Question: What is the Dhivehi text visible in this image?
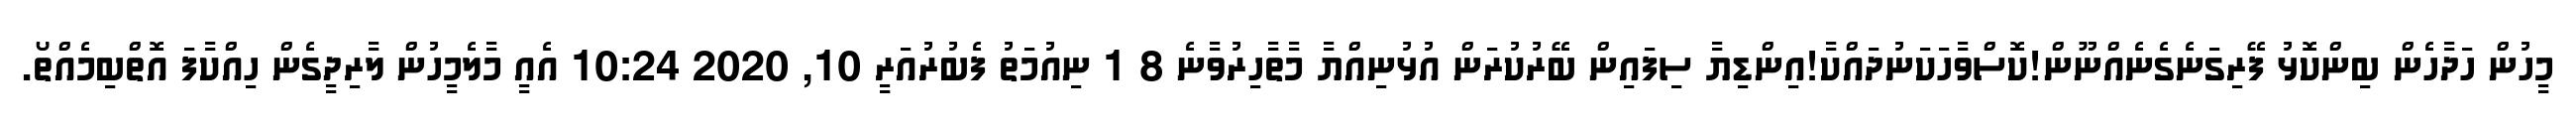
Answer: މީހުން ހަދާހެން ބިންކޮޅު ފޭރިގަނެގެނެއްނޫން!ކޮސްވާހަކަނުދައްކާ!އިންޑިޔާ ސިފައިން ބޭރުކުރަން އުޅުނިއްޔާ މާތާހިރުވާނެ 8 1 ނިއުމަތު ފެބުރުއަރީ 10, 2020 10:24 އެއީ މާލެމީހުން ލާރިދީގެން ހިއްކާފަ އޮތްބިމެއްތޯ.